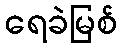
ရေခဲမြစ်